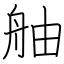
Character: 舳